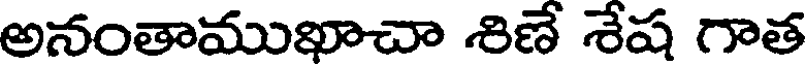
అనంతాముఖాచా శిణే శేష గాత